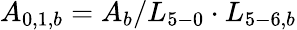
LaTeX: {A_{0,1,b}}={A_{b}}/{L_{5-0}}\cdot{L_{5-6,b}}